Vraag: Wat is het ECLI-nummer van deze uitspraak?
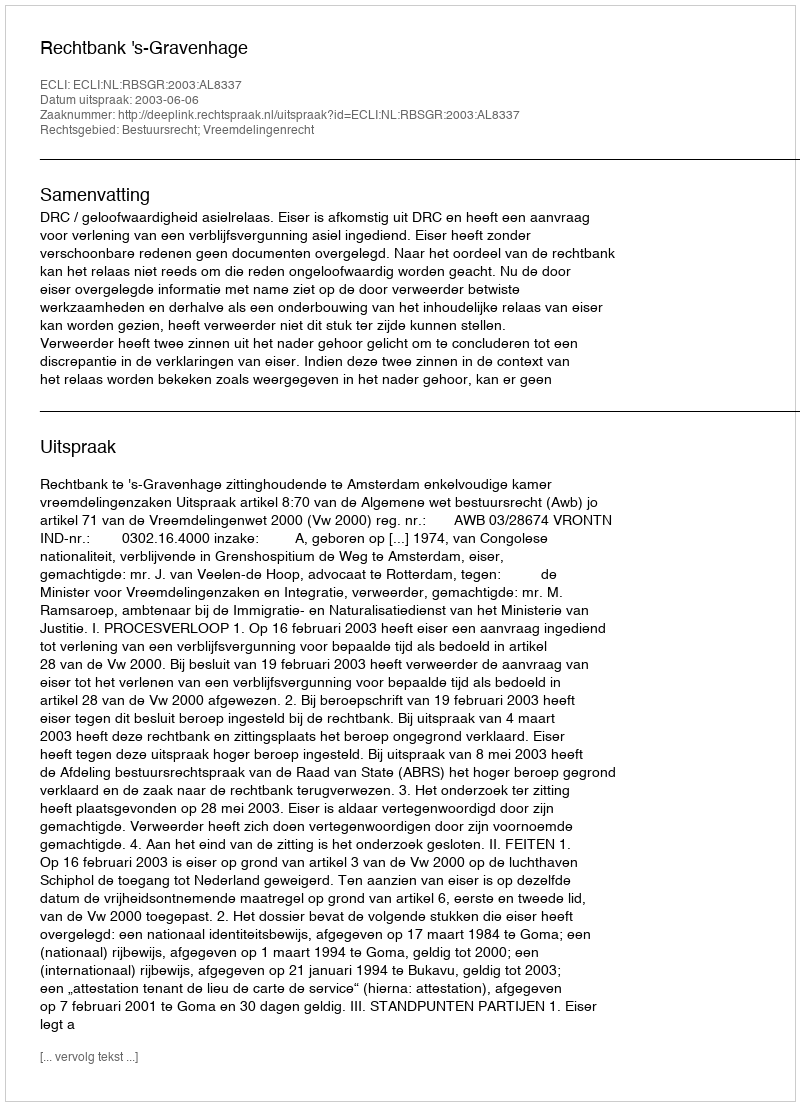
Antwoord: ECLI:NL:RBSGR:2003:AL8337